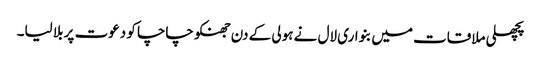
پچھلی ملاقات میں بنواری لال نے ہولی کے دن جھنکو چاچا کو دعوت پر بلا لیا۔